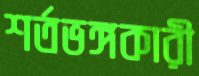
শর্তভঙ্গকারী